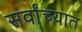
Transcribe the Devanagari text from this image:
सर्वांच्यात